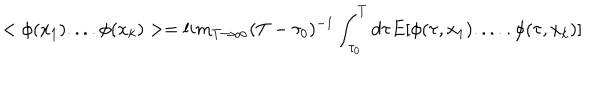
< \phi ( x _ { 1 } ) . . . . \phi ( x _ { k } ) > = l i m _ { T \rightarrow \infty } ( T - \tau _ { 0 } ) ^ { - 1 } \int _ { \tau _ { 0 } } ^ { T } d \tau E [ \phi ( \tau , x _ { 1 } ) . . . . . \phi ( \tau , x _ { k } ) ]